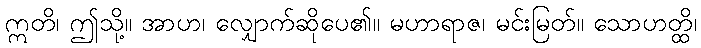
ဣတိ၊ ဤသို့။ အာဟ၊ လျှောက်ဆိုပေ၏။ မဟာရာဇ၊ မင်းမြတ်။ သောဟတ္ထိ၊